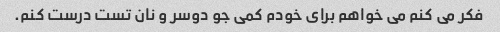
فکر می کنم می خواهم برای خودم کمی جو دوسر و نان تست درست کنم.